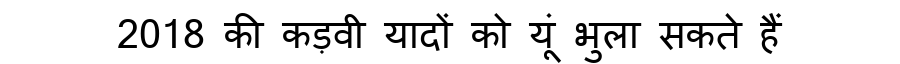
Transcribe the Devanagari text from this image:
2018 की कड़वी यादों को यूं भुला सकते हैं